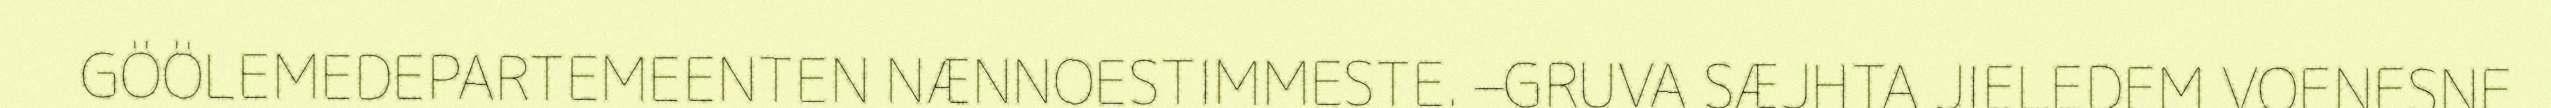
GÖÖLEMEDEPARTEMEENTEN NÆNNOESTIMMESTE. –GRUVA SÆJHTA JIELEDEM VOENESNE